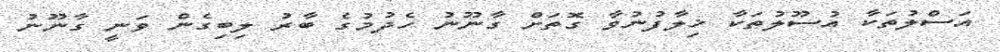
އަސްލުތަކާ އުސޫލުތަކާ ޚިލާފުނުވާ ގޮތަށް ގާނޫނު ހެދުމުގެ ބާރު ލިބިގެން ވަނީ ގާނޫނު